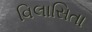
વિલાસિતા